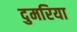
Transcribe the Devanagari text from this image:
दुमरिया